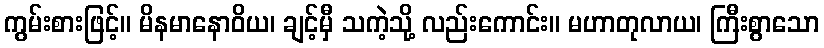
ကွမ်းစားဖြင့်။ မိနမာနောဝိယ၊ ချင့်မှီ သကဲ့သို့ လည်းကောင်း။ မဟာတုလာယ၊ ကြီးစွာသော